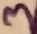
Text: 3